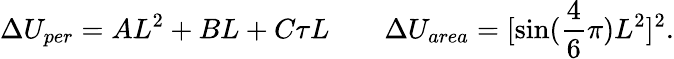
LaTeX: \Delta U_{per}=AL^{2}+BL+C\tau L\; \; \; \; \; \; \; \Delta U_{area}=[\sin(\frac{4}{6}\pi)L^{2}]^{2}.